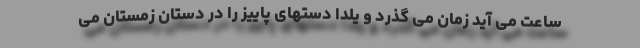
ساعت می آید زمان می گذرد و یلدا دستهای پاییز را در دستان زمستان می